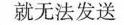
就无法发送